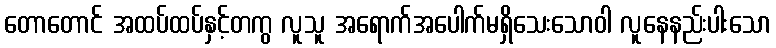
တောတောင် အထပ်ထပ်နှင့်တကွ လူသူ အရောက်အပေါက်မရှိသေးသောဝါ လူနေနည်းပါးသော